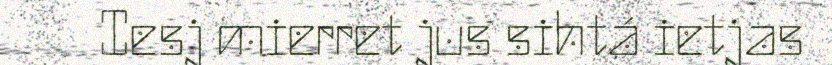
Iesj mierret jus sihtá ietjas